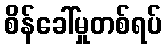
စိန်ခေါ်မှုတစ်ရပ်